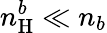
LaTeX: n_{\mathrm{H}}^{b}\ll n_{b}